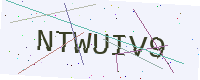
Text: NTWUIV9